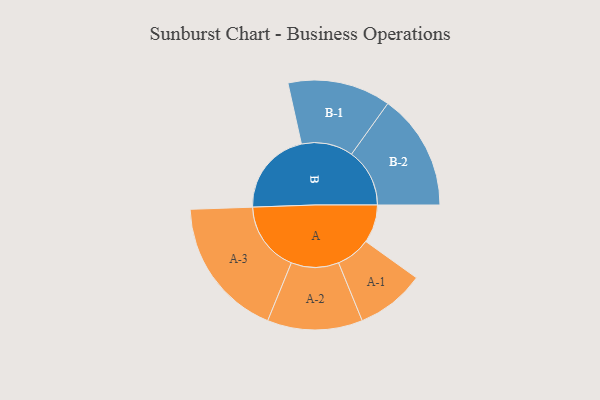
{"axis": {"x": "Segment", "y": "Value"}, "legend": ["", "A", "B"], "data": [{"x": "A", "y": 162, "type": ""}, {"x": "B", "y": 361, "type": ""}, {"x": "A-1", "y": 146, "type": "A"}, {"x": "A-2", "y": 202, "type": "A"}, {"x": "A-3", "y": 299, "type": "A"}, {"x": "B-1", "y": 219, "type": "B"}, {"x": "B-2", "y": 247, "type": "B"}]}